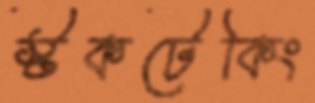
স্টকটেকিং